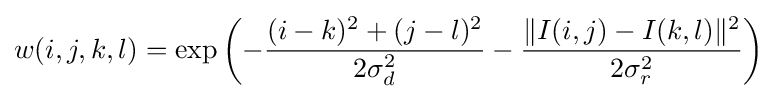
w(i,j,k,l)=\exp \left(-{\frac {(i-k)^{2}+(j-l)^{2}}{2\sigma _{d}^{2}}}-{\frac {\|I(i,j)-I(k,l)\|^{2}}{2\sigma _{r}^{2}}}\right)